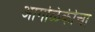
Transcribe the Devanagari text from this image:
आगळिकीचा